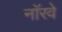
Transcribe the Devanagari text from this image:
नाॅरवे